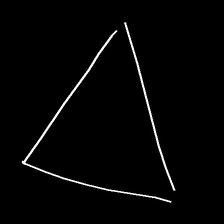
Glyph: convergence